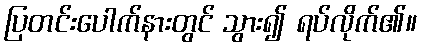
ပြတင်းပေါက်နားတွင် သွား၍ ရပ်လိုက်၏။